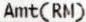
AMT(RM)